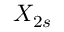
X _ { 2 s }